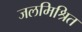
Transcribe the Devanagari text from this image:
जलमिश्रित